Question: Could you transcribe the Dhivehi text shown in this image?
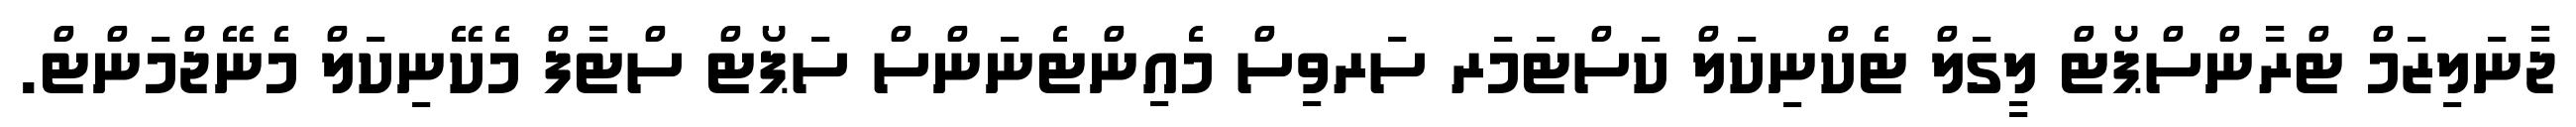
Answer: ޖާނަލިޒަމް ޓްރާންސްޕޯޓް ލީގަލް ޓެކްނިކަލް ކަސްޓަމަރ ސަރވިސް މެއިންޓެނަންސް ސަޕޯޓް ސްޓާފް މެކޭނިކަލް މެނޭޖްމަންޓް.